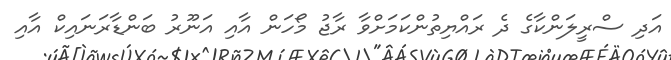
އަދި ސްރީލަންކާގެ ދެ ރައްޔިތުންކަމަށްވާ ރާޖު މޯހަން އާއި އަނޫރު ބަންޑާރަނައިކް އާއި